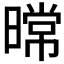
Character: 𰖤